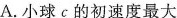
A.小球c的初速度最大